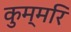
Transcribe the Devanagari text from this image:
कुम्मरि